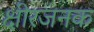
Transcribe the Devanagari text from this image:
क्षीरजनक